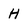
Character: H